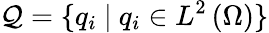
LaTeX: \mathcal{Q}=\{ q_{i}\ |\ q_{i}\in L^{2}\left(\Omega\right)\}